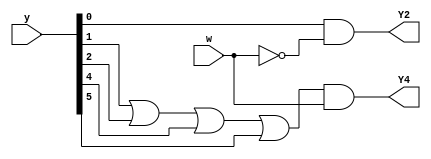
module top_module (
    input [6:1] y,
    input w,
    output Y2,
    output Y4);
    
    always @ (*)
        begin
            Y2 = y[1] & ~w;
            Y4 = (y[2] | y[3] | y[5] | y[6]) & w;
        end

endmodule